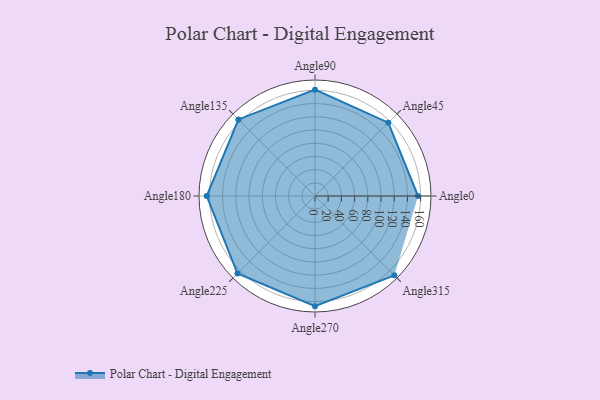
{"axis": {"x": "Angle", "y": "Radius"}, "legend": [""], "data": [{"x": "Angle0", "y": 156.0, "type": ""}, {"x": "Angle45", "y": 157.0, "type": ""}, {"x": "Angle90", "y": 161.0, "type": ""}, {"x": "Angle135", "y": 164.0, "type": ""}, {"x": "Angle180", "y": 164.0, "type": ""}, {"x": "Angle225", "y": 166.0, "type": ""}, {"x": "Angle270", "y": 167.0, "type": ""}, {"x": "Angle315", "y": 170, "type": ""}]}